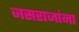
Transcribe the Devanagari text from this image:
जसराजांना